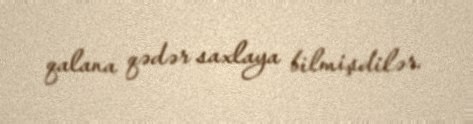
qalana qədər saxlaya bilmişdilər.